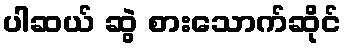
ပါဆယ် ဆွဲ စားသောက်ဆိုင်